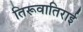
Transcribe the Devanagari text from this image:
तिरूवातिराई